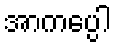
အာကပ္ပေါ